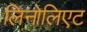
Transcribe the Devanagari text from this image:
लिनोलिएट